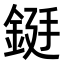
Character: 𮡻